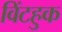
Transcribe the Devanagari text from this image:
विंटहुक